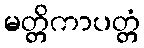
မတ္တိကာပတ္တံ